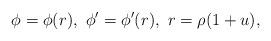
LaTeX: \begin{align*}\phi=\phi(r),\ \phi'=\phi'(r),\ r=\rho(1+u),\end{align*}